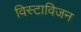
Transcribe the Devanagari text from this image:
विस्टाविजन